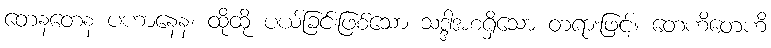
တေနတေန ပဟာနေန၊ ထိုထို ပယ်ခြင်းဖြစ်သော သဒ္ဒါအစရှိသော တရားဖြင့်။ တေဟိတေဟိ